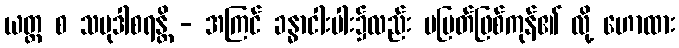
ယတ္ထ စ သမုဒါစရန္တိ - အကြင် ခန္ဓာငါးပါး၌လည်း မပြတ်ဖြစ်ကုန်၏ လို့ ဟောထား